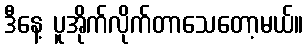
ဒီနေ့ ပူအိုက်လိုက်တာသေတော့မယ်။